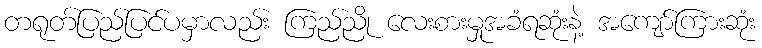
တရုတ်ပြည်ပြင်ပမှာလည်း ကြည်ညို လေးစားမှုအခံရဆုံးနဲ့ အကျော်ကြားဆုံး